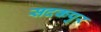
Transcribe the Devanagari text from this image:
सदकपुर